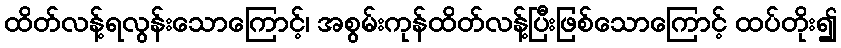
ထိတ်လန့်ရလွန်းသောကြောင့်၊ အစွမ်းကုန်ထိတ်လန့်ပြီးဖြစ်သောကြောင့် ထပ်တိုး၍